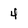
Character: 4